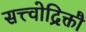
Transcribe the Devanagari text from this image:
सत्त्वोद्रिक्तौ